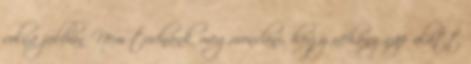
volna jobban Nem tudnánk megmondani, hogy néhány nap alatt